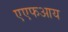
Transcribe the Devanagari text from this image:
एएफआय